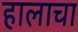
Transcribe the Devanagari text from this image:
हालाचा